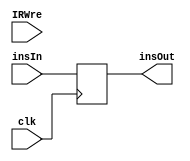
`timescale 1ns / 1ps

module IR(
    input clk,
    input IRWre,
    input [31:0] insIn,
    output reg [31:0] insOut
    );
    
    always @(negedge clk) begin
        /*if(IRWre==1)*/ insOut <= insIn;
       /* else insOut <= insOut;*/
    end
    
endmodule